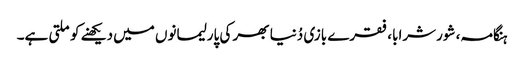
ہنگامہ، شورشرابا، فقرے بازی دُنیا بھر کی پارلیمانوں میں دیکھنے کو ملتی ہے۔